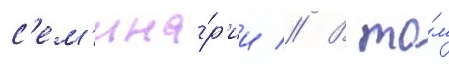
с'ем'ина́р'ии // В то́м